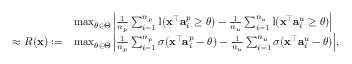
\begin{array} { r l } & { \operatorname* { m a x } _ { \theta \in \Theta } \Big | \frac { 1 } { n _ { p } } \sum _ { i = 1 } ^ { n _ { p } } \mathbb { I } ( { \mathbf x } ^ { \top } { \mathbf a } _ { i } ^ { p } \geq \theta ) - \frac { 1 } { n _ { u } } \sum _ { i = 1 } ^ { n _ { u } } \mathbb { I } ( { \mathbf x } ^ { \top } { \mathbf a } _ { i } ^ { u } \geq \theta ) \Big | } \\ { \approx R ( { \mathbf x } ) : = } & { \operatorname* { m a x } _ { \theta \in \Theta } \Big | \frac { 1 } { n _ { p } } \sum _ { i = 1 } ^ { n _ { p } } \sigma ( { \mathbf x } ^ { \top } { \mathbf a } _ { i } ^ { p } - \theta ) - \frac { 1 } { n _ { u } } \sum _ { i = 1 } ^ { n _ { u } } \sigma ( { \mathbf x } ^ { \top } { \mathbf a } _ { i } ^ { u } - \theta ) \Big | , } \end{array}